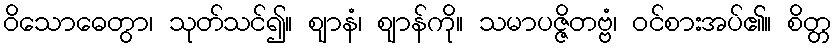
ဝိသောဓေတွာ၊ သုတ်သင်၍။ ဈာနံ၊ ဈာန်ကို။ သမာပဇ္ဇိတဗ္ဗံ၊ ဝင်စားအပ်၏။ စိတ္တ